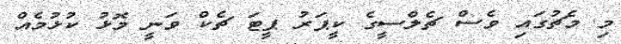
މި މެޗުގައި ވެސް ޗެލްސީގެ ކީޕަރު ޕީޓަ ޗެކް ވަނީ މޮޅު ކުޅުމެއް